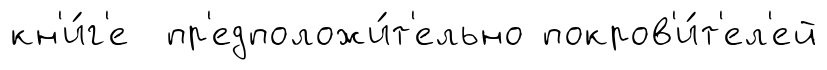
кн'и́г'е пр'едположи́т'ельно покров'и́т'ел'ей